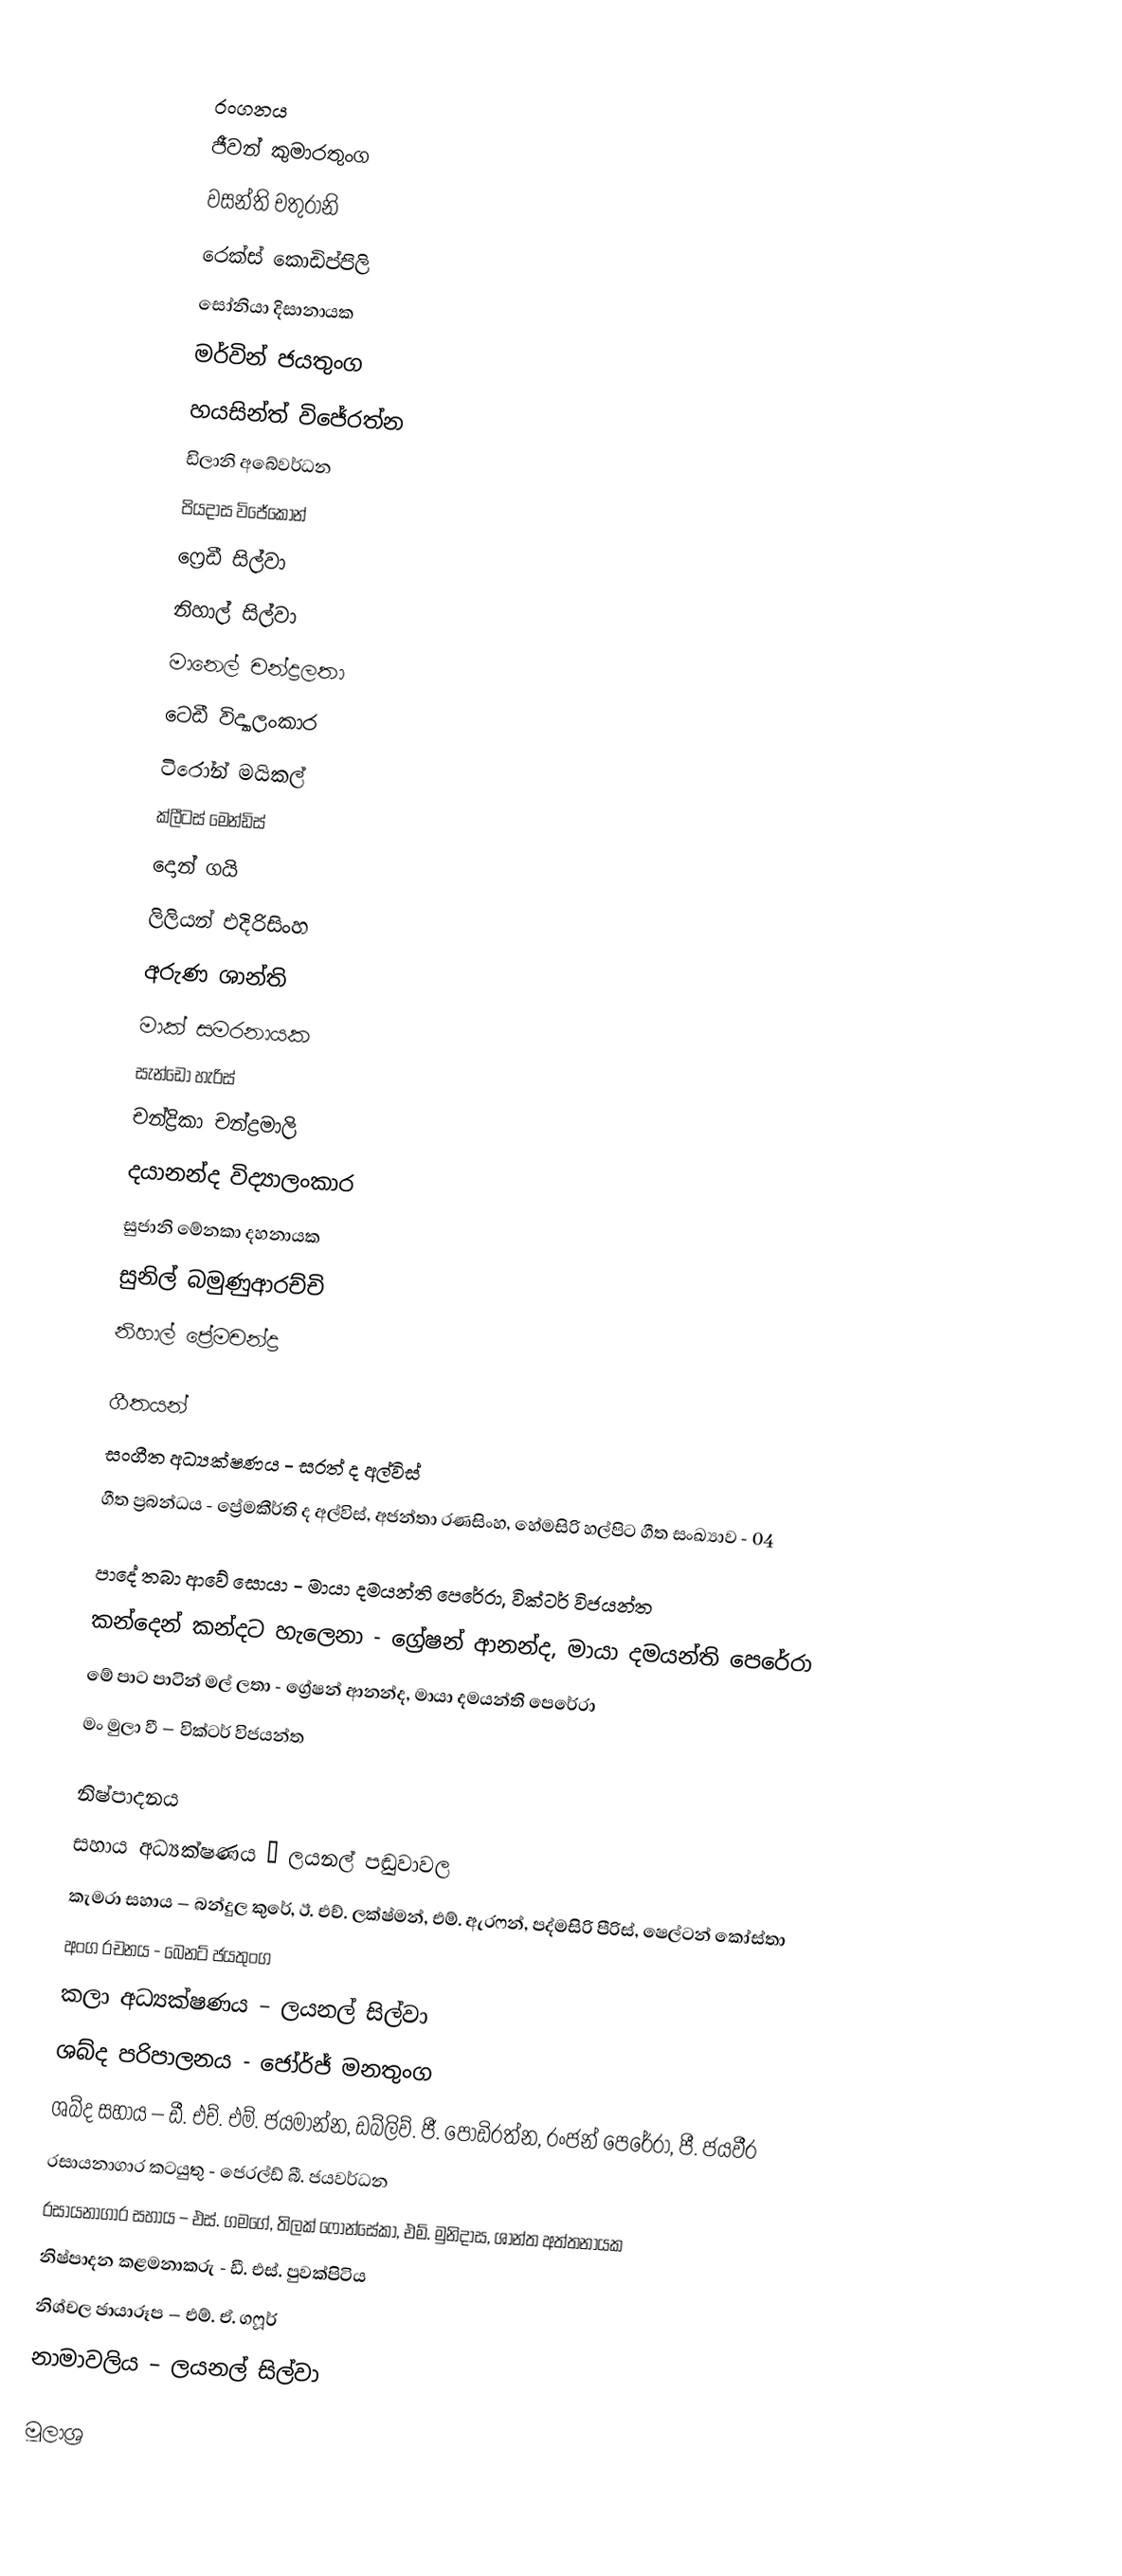

රංගනය
ජීවන් කුමාරතුංග
වසන්ති චතුරානි
රෙක්ස් කොඩිප්පිලි
සෝනියා දිසානායක
මර්වින් ජයතුංග
හයසින්ත් විජේරත්න
ඩිලානි අබේවර්ධන
පියදාස විජේකෝන්
ෆ්‍රෙඩී සිල්වා
නිහාල් සිල්වා
මානෙල් චන්ද්‍රලතා
ටෙඩී විද්‍යාලංකාර
ටිරෝන් මයිකල්
ක්ලීටස් මෙන්ඩිස්
දොන් ගයි
ලිලියන් එදිරිසිංහ
අරුණ ශාන්ති
මාක් සමරනායක
සැන්ඩෝ හැරිස්
චන්ද්‍රිකා චන්ද්‍රමාලි
දයානන්ද විද්‍යාලංකාර
සුජානි මේනකා දහනායක
සුනිල් බමුණුආරච්චි
නිහාල් ප්‍රේමචන්ද්‍ර

ගීතයන්
සංගීත අධ්‍යක්ෂණය - සරත් ද අල්විස්
ගීත ප්‍රබන්ධය - ප්‍රේමකීර්ති ද අල්විස්, අජන්තා රණසිංහ, හේමසිරි හල්පිට ගීත සංඛ්‍යාව - 04

පාදේ තබා ආවේ සොයා - මායා දමයන්ති පෙරේරා, වික්ටර් විජයන්ත
කන්දෙන් කන්දට හැලෙනා - ග්‍රේෂන් ආනන්ද, මායා දමයන්ති පෙරේරා
මේ පාට පාටින් මල් ලතා - ග්‍රේෂන් ආනන්ද, මායා දමයන්ති පෙරේරා
මං මුලා වී – වික්ටර් විජයන්ත

නිෂ්පාදනය
සහාය අධ්‍යක්ෂණය – ලයනල් පඬුවාවල
කැමරා සහාය – බන්දුල කුරේ, ඊ. එච්. ලක්ෂ්මන්, එම්. ඇරෆන්, පද්මසිරි පීරිස්, ෂෙල්ටන් කෝස්තා
අංග රචනය - බෙනට් ජයතුංග
කලා අධ්‍යක්ෂණය – ලයනල් සිල්වා
ශබ්ද පරිපාලනය - ජෝර්ජ් මනතුංග
ශබ්ද සහාය – ඩී. එච්. එම්. ජයමාන්න, ඩබ්ලිව්. ජී. පොඩිරත්න, රංජන් පෙරේරා, පී. ජයවීර
රසායනාගාර කටයුතු - ජෙරල්ඩ් බී. ජයවර්ධන
රසායනාගාර සහාය – එස්. ගමගේ, තිලක් ෆොන්සේකා, එම්. මුනිදාස, ශාන්ත අත්තනායක
නිෂ්පාදන කළමනාකරු - ඩී. එස්. පුවක්පිටිය
නිශ්චල ඡායාරූප – එම්. ඒ. ගෆූර්
නාමාවලිය – ලයනල් සිල්වා

මූලාශ්‍ර